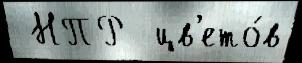
 НПР  цв'ето́в